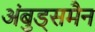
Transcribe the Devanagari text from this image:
अंबुड्समैन